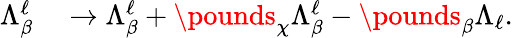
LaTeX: \begin{array}{rl}{\Lambda_{\beta}^{\ell}}&{{}\to\Lambda_{\beta}^{\ell}+\pounds_{\chi}\Lambda_{\beta}^{\ell}-\pounds_{\beta}\Lambda_{\ell}.}\end{array}